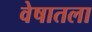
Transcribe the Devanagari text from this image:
वेषातला